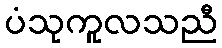
ပံသုကူလသညီ